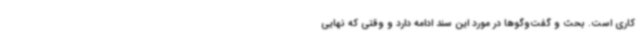
کاری است. بحث و گفت‌وگوها در مورد این سند ادامه دارد و وقتی که نهایی